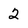
Character: 2